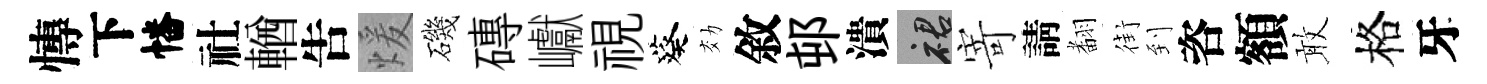
慱下幡社輶吿煖磯磚巘視葵効敘邨潰裙寄請𮋒街到咨額敢格牙